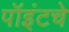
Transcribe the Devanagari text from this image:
पॉइंटचे